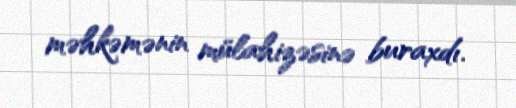
məhkəmənin mülahizəsinə buraxdı.